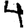
Digit: 4